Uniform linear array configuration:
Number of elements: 12
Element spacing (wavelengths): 0.75
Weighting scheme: uniform
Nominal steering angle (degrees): -30
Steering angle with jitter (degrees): -31.999
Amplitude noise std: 0.05
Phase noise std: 0.05

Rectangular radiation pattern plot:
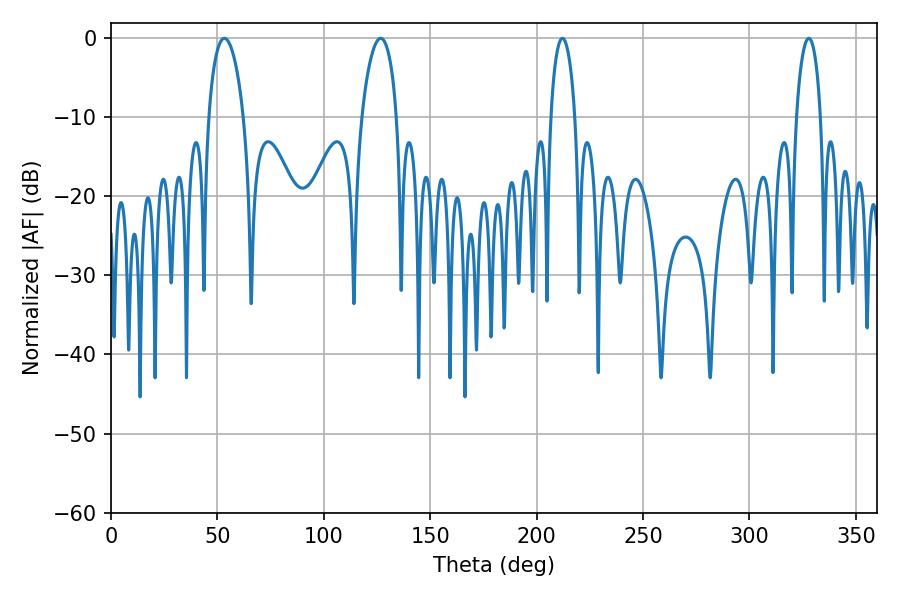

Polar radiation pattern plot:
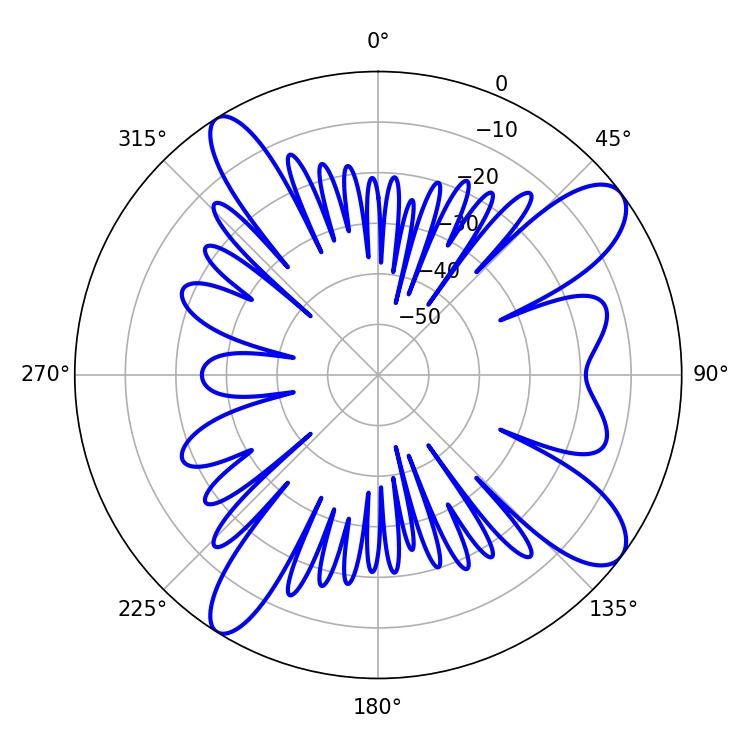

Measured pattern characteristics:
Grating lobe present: TRUE
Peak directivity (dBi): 10.945
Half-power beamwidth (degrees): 9.18
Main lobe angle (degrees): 53.28